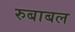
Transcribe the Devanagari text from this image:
रुबाबल